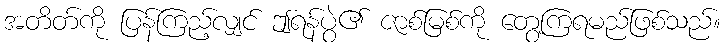
အတိတ်ကို ပြန်ကြည့်လျှင် ဤရန်ပွဲ၏ ဇာစ်မြစ်ကို တွေ့ကြရမည်ဖြစ်သည်။